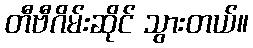
တီဗီဂိမ်းဆိုင် သွားတယ်။